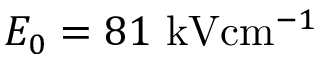
E _ { 0 } = 8 1 \ensuremath { ~ \mathrm { k V } \mathrm { c m } ^ { - 1 } }